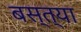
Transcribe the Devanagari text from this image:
बस्त्या